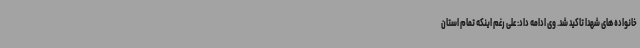
خانواده های شهدا تاکید شد. وی ادامه داد: علی رغم اینکه تمام استان